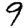
Digit: 9